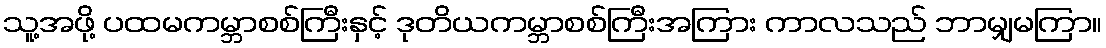
သူ့အဖို့ ပထမကမ္ဘာစစ်ကြီးနှင့် ဒုတိယကမ္ဘာစစ်ကြီးအကြား ကာလသည် ဘာမျှမကြာ။